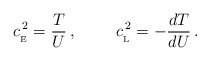
\begin{align*}c_{_{\rm E}}^{\, 2}={T\over U}\, ,\hskip 1 cmc_{_{\rm L}}^{\, 2}=-{dT\over dU}\, .\end{align*}